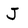
Character: J